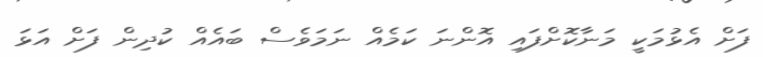
ފަށް އެޅުމަކީ މަނާކޮށްފައި އޮންނަ ކަމެއް ނަމަވެސް ބައެއް ކުދިން ފަށް އަޅަ